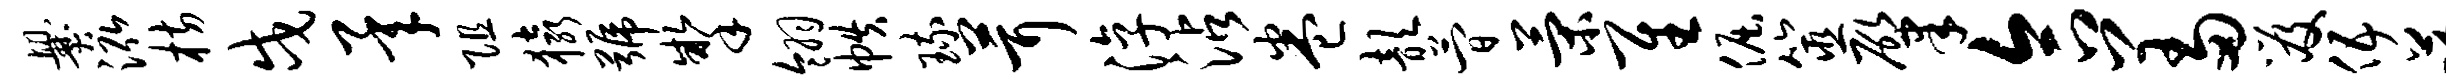
爨泓枋戍承阻猿号掣翎帙琉茸淳沾卷歆简策隹倔筮肇合羞笈伍蕖